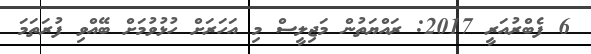
6 ފެބްރުއަރީ 2017: ރައްޔަތުން މަޖިލީސް މި އަހަރަށް ހުޅުވުމަށް ބޭއްވި ފުރަތަމަ